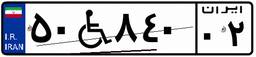
۱۱W۵۵۵۴۶